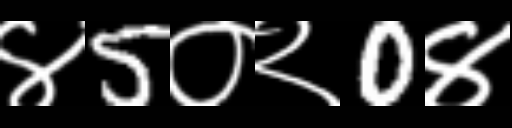
Text: ४5०२0४